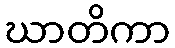
ဃာတိကာ